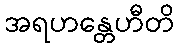
အရဟန္တေဟီတိ